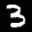
Label: 3